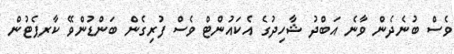
ވެސް ބުނެދެން ވާނެ އަބްދު ޝާހިދުގެ އެކައުންޓް ވެސް ފުރިގެން ބަންޑުންވޭ ކާރޕެޓުުން